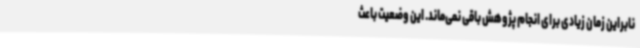
نابراین زمان زیادی برای انجام پژوهش باقی نمی‌ماند. این وضعیت باعث